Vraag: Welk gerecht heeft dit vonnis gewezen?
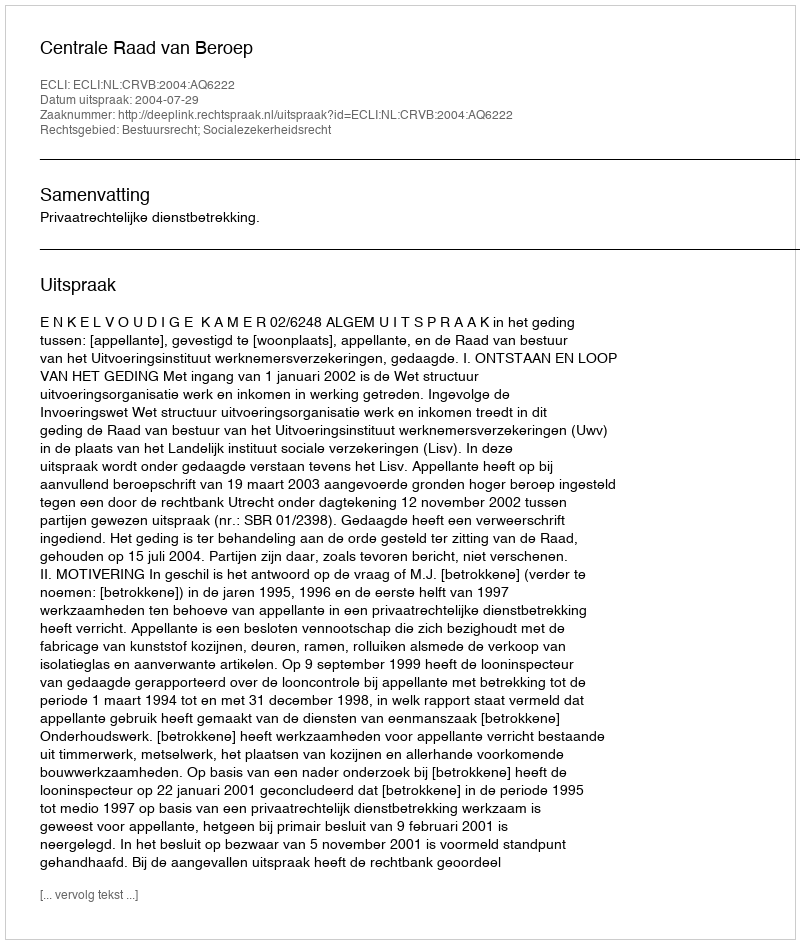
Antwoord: Centrale Raad van Beroep